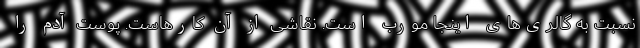
نسبت به گالری‌های اینجا مورب است. نقاشی از آن کارهاست. پوست آدم را